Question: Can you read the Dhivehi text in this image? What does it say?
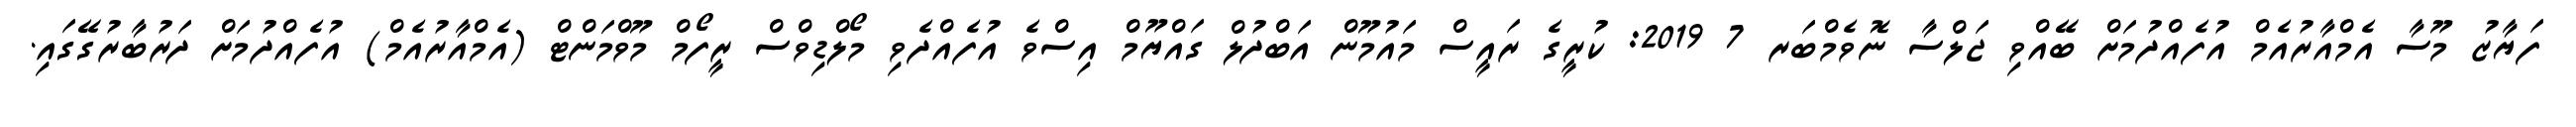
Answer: ފަޔާޒު މޫސާ އެމްއާރުއެމް އުފެއްދުމަށް ބޭއްވި ޖަލްސާ ނޮވެމްބަރ 7 2019: ކުރީގެ ރައީސް މައުމޫން އަބްދުލް ގައްޔޫމް އިސްވެ އުފެއްދެވި މޯލްޑިވްސް ރީފޯމް މޫވްމަންޓް (އެމްއާރުއެމް) އުފެއްދުމަށް ދަރުބާރުގޭގައި.